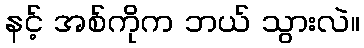
နင့် အစ်ကိုက ဘယ် သွားလဲ။